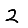
Digit: 2